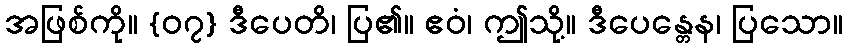
အဖြစ်ကို။ {၀၇} ဒီပေတိ၊ ပြ၏။ ဧဝံ၊ ဤသို့။ ဒီပေန္တေန၊ ပြသော။